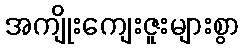
အကျိုးကျေးဇူးများစွာ